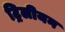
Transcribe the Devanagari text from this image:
ट्रिलीयन